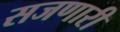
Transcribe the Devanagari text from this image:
सजणारी